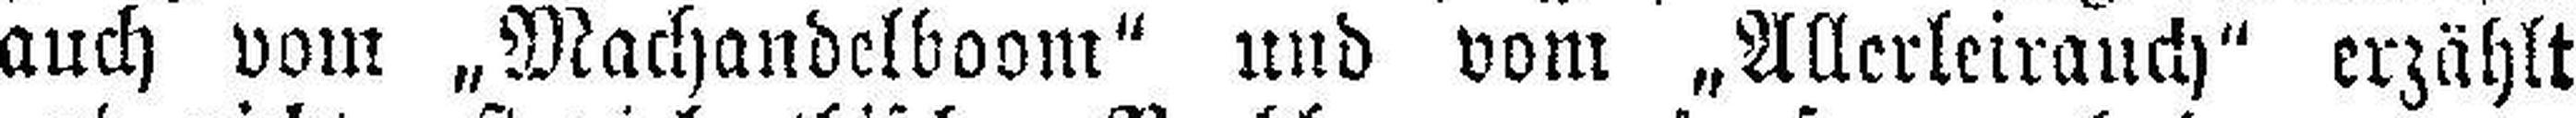
auch vom „Machandelboom“ und vom „Allerleirauch“ erzählt